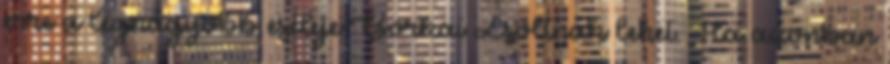
erre a legnagyobb esélye Borkai Zsoltnak lehet. Ha azonban